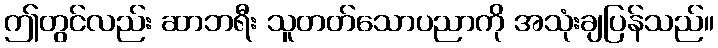
ဤတွင်လည်း ဆာဘရီး သူတတ်သောပညာကို အသုံးချပြန်သည်။